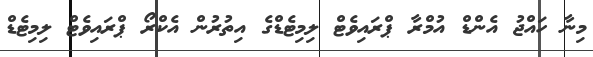
މިނާ ހައްޖު އެންޑް އުމްރާ ޕްރައިވެޓް ލިމިޓެޑްގެ އިތުރުން އެކްރޯ ޕްރައިވެޓް ލިމިޓެޑް